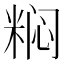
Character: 𬖟